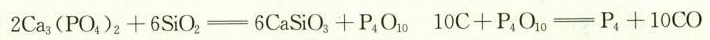
$$2 C a _ { 3 } ( P O _ { 4 } ) _ { 2 } + 6 S i O _ { 2 } \xlongequal [ ] { } 6 C a S i O _ { 3 } + P _ { 4 } O _ { 1 0 }$$ $$1 0 C + P _ { 4 } O _ { 1 0 } \xlongequal [ ] { } P _ { 4 } + 1 0 C O$$